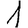
Digit: 1